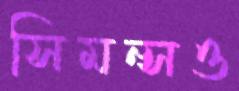
সিমন্সও